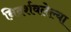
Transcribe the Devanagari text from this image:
निदर्शवलेल्या